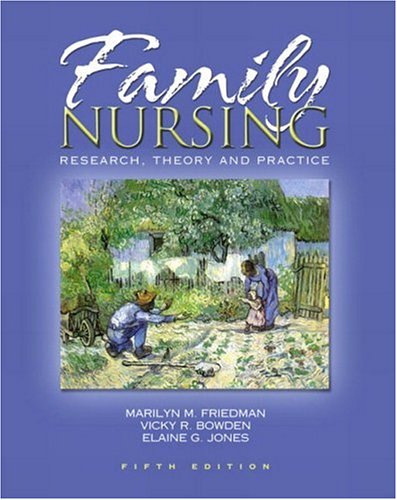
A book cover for Family Nursing: Research, Theory, and Practice (5th Edition); Marilyn R Friedman; Medical Books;